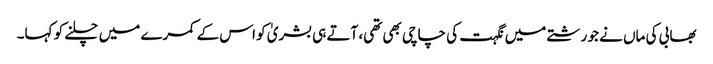
بھابی کی ماں نے جو رشتے میں نگہت کی چاچی بھی تھی، آتے ہی بشریٰ کو اس کے کمرے میں چلنے کو کہا۔